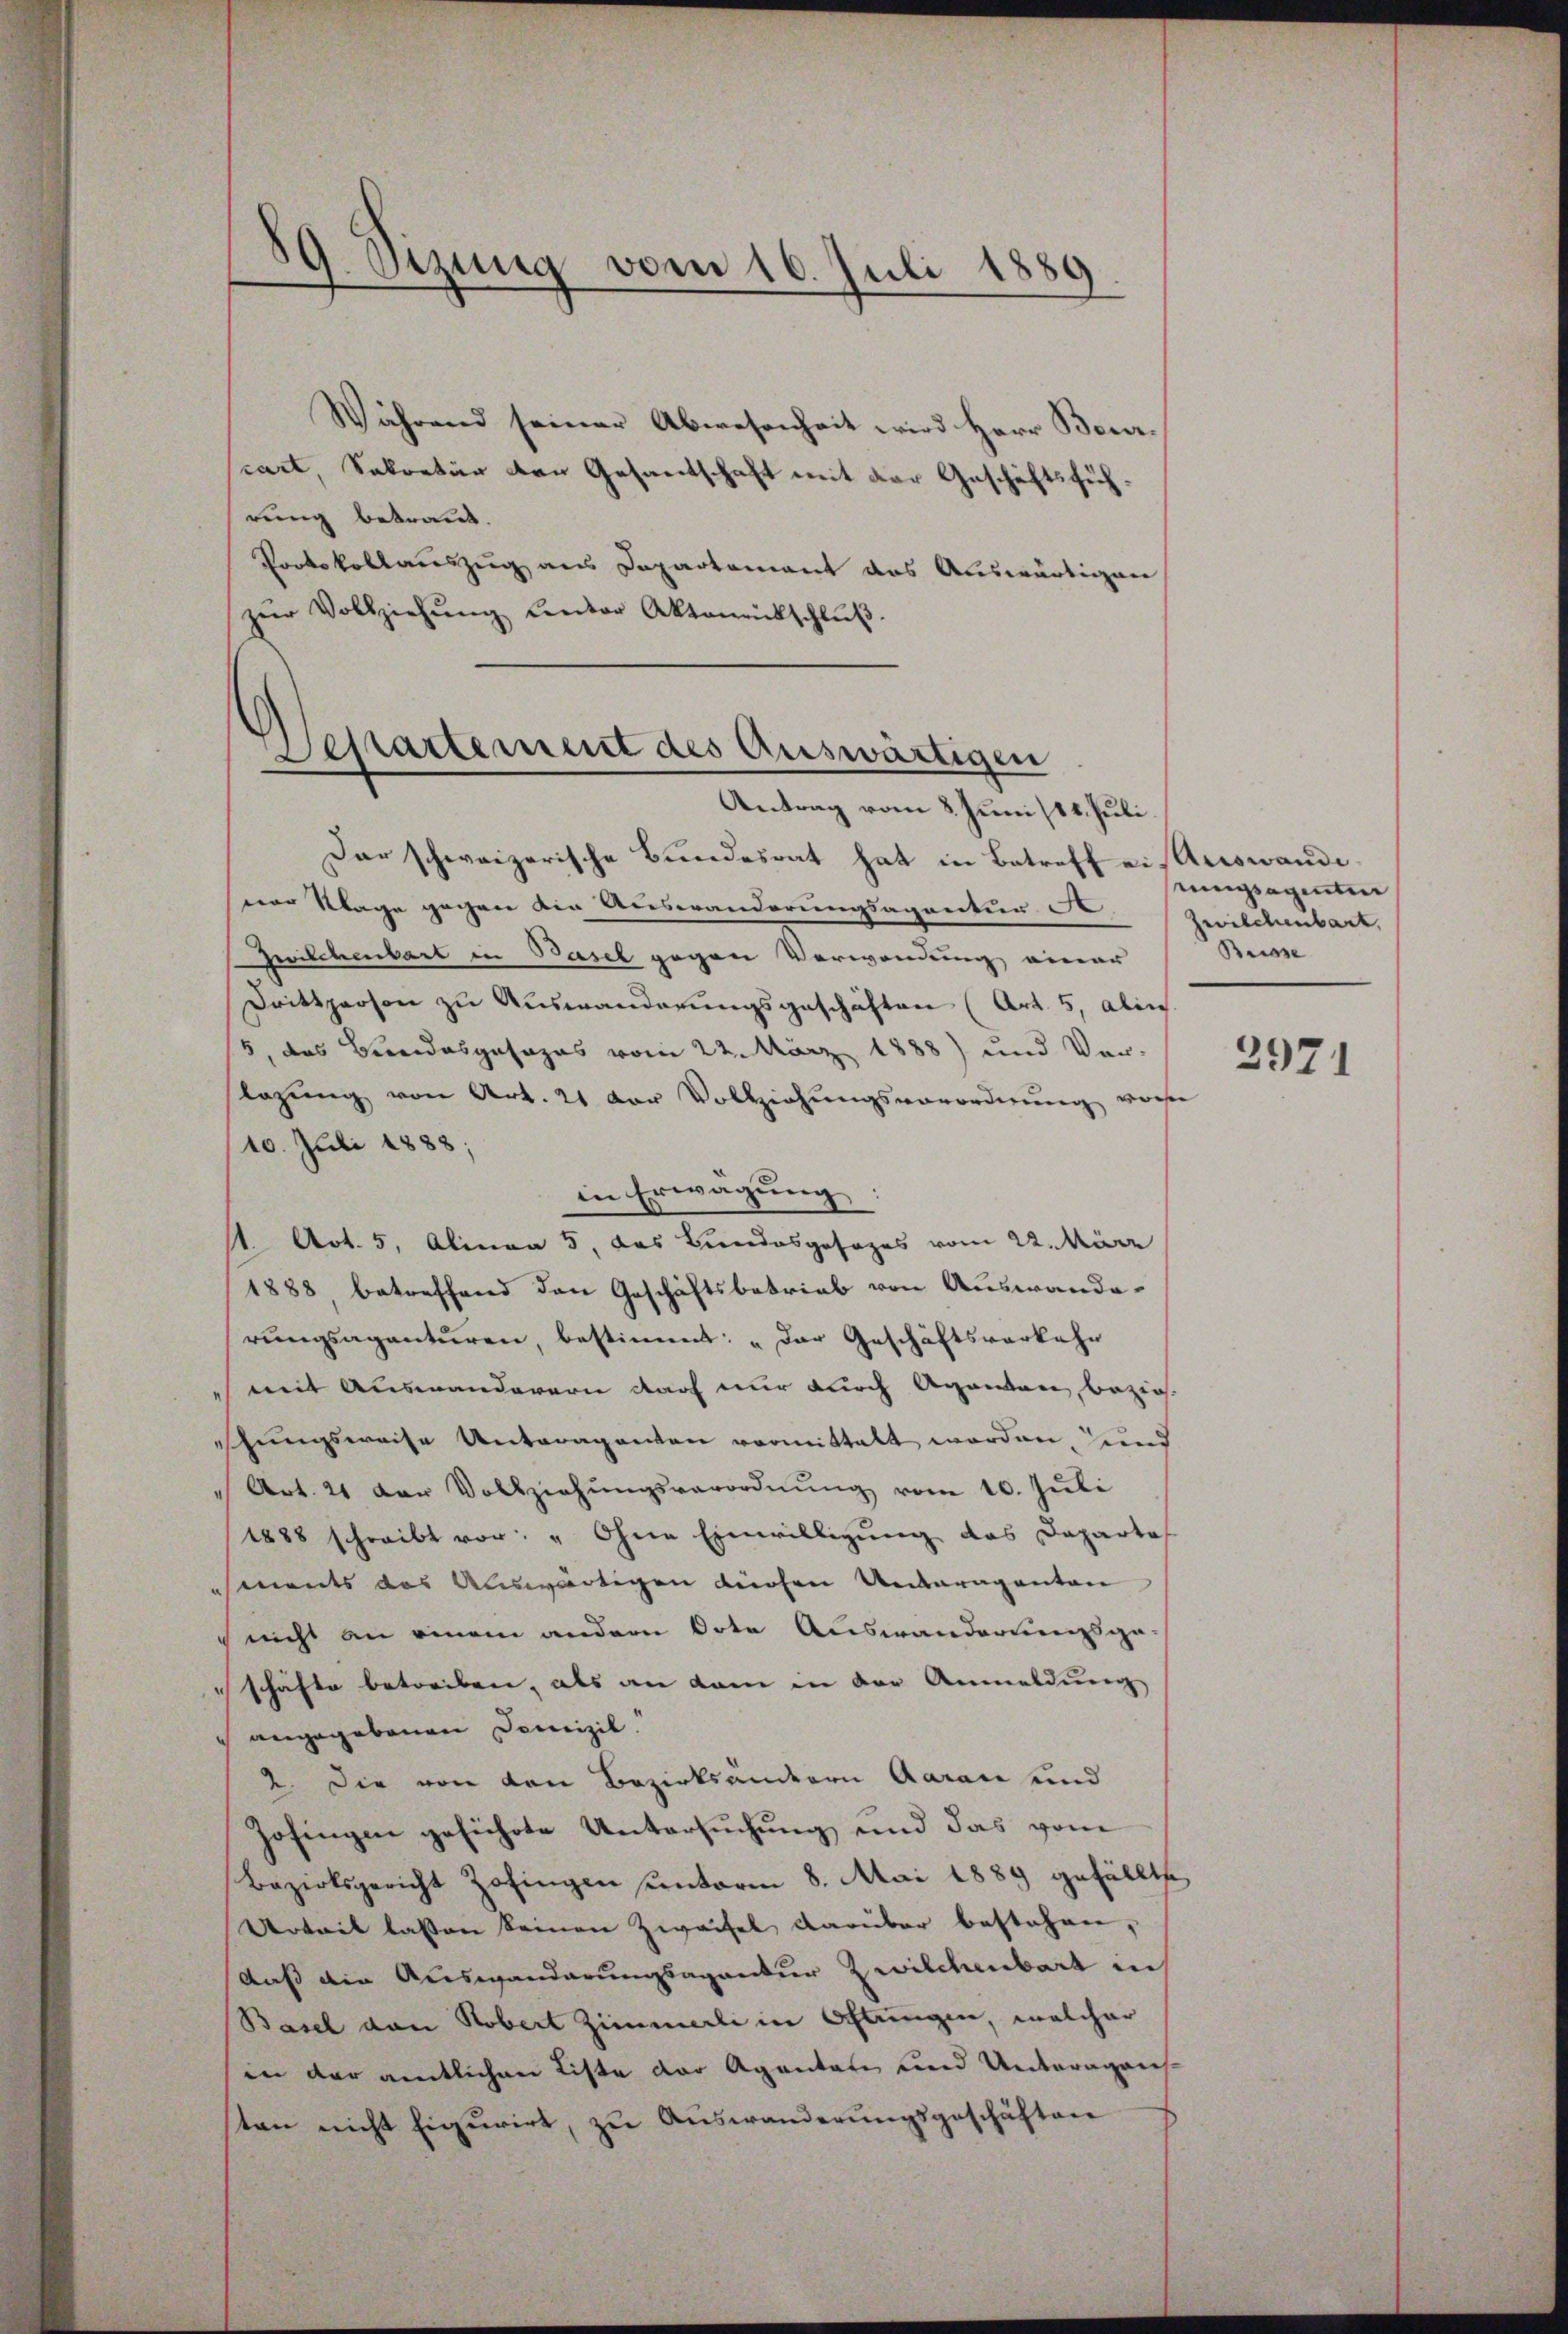
19. Ozung vom 16. Juli 1889

Während seiner Abwesenheit wird Herr Beurcart, Sekretär den Gesantschaft mit der Geschäftsführung betraut.
Portokollauszug aus Departement das Auswärtigen
zŭr Vollziehŭng unter Aktamentschlŭβ

Bestartement des Auswärtigen

Antrag vom 8. Juni /14. Juli.
Dar schweizerische Bundesrat hat in Betreff ein Auswandener Klage gegen die Auswanderungsagentur A
Zwilchenbart in Basel gegen Verwendung einer
Drittperson zu Auswanderungsgeschäften (Art. 5, Aben
5, das Bundesgesages vom 22. März 1888) und Ver-
Lazung von Art. 21 der Vollziehungsverordnung vore
10. Juli 1888;
in Erwägung
1 Art. 5, Alinea 5, das Bundesgesezes vom 22. März
1888 betreffend den Geschäftsbetrieb von Auswanderŭngsagantŭren, bestimmt: „Der Geschäftsverkehr
mit Auswanderern darf nur durch Aganten bezieh
sschungsweise Unteraganten vormittelt worden, und
Art. 21 der Vollziehŭngsverordnŭng vom 10. Jŭli
1888 schreibt vor: " Ohne Einwilligung das Daparte
sments das Auswärtigen Küchen Unteragenten
nicht an einem andern Orte Auswanderungsge
schäfte betreiben, als an kam in der Anmeldung
angegebenen Domizil.
2. Die von den Bezirksamtern Aarau und
Zofingen geführte Untersuchung und das vom
Bezirksgericht Zofingen unterm 8. Mai 1889 gefällte
Urteit lassen keinen Zweifel darüber bestehen,
daß die Auswanderungsagantur Zwilchenbart in
Basel von Robert Zimmerli in Ochtungen, welcher
in der amtlichen Liste der Agentate und Unteragens
sten nicht figurirt, zu Auswanderungsgeschäften

emgegenten
Zwilchenbart,
Brisse

2971